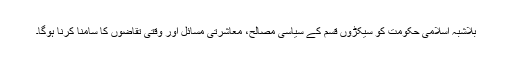
بلاشبہ اسلامی حکومت کو سیکڑوں قسم کے سیاسی مصالح، معاشرتی مسائل اور وقتی تقاضوں کا سامنا کرنا ہوگا۔